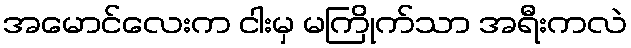
အမောင်လေးက ငါးမှ မကြိုက်သာ အရီးကလဲ